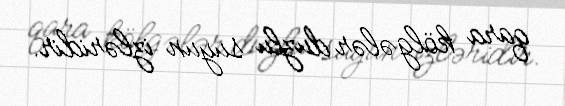
qara kölgələr duzlu suyun izləridir.